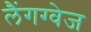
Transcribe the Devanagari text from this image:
लैंगग्वेज